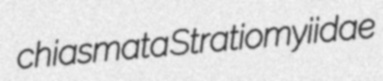
chiasmata Stratiomyiidae